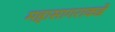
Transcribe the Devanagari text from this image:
महासागराकडे